Civil Veterinary Department. Madras. Admin. report 1910-25 - 1910-1925
Year: 1910
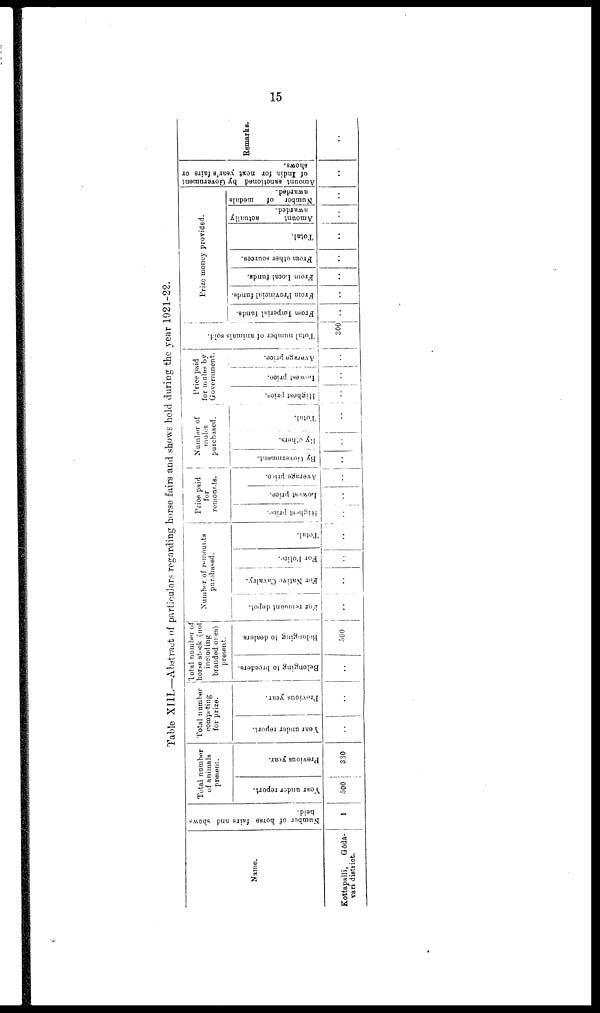
15
Table XIII.—Abstract of particulars regarding horse fairs and shows held during the year 1921-22.
Name.
Kottapalli,
Gōdā-
vari district.
Number of horse fairs and shows
held.
1
Total number
of animals
present.
Year under report.
500
Previous year.
330
Total number
computing
for prize.
Year under report.
..
Previous year.
..
Total number of
horse stock (not
including
branded ones)
present.
Belonging to breeders.
..
Belonging to dealers.
500
Number of remounts
purchased.
For
remount depot.
..
For Native Cavalry.
..
For Police.
..
Total.
..
Price paid
for
remounts.
Highest price.
..
Lowest price.
..
Average price.
..
Number of
mules
purchased.
By Government.
..
By others.
..
Total.
..
Price paid
for mules by
Government.
Highest price.
..
Lowest price.
..
Average price.
..
Total number of animals sold.
300
Prize money provided.
From Imperial funds.
..
From Provincial funds.
..
From Local funds.
..
From other sources.
..
Total.
..
Amount
actually
awarded.
..
Number of
medals
a warded.
..
Amount sanctioned by Government
of India for next year's fairs or
shows.
..
Remarks.
..